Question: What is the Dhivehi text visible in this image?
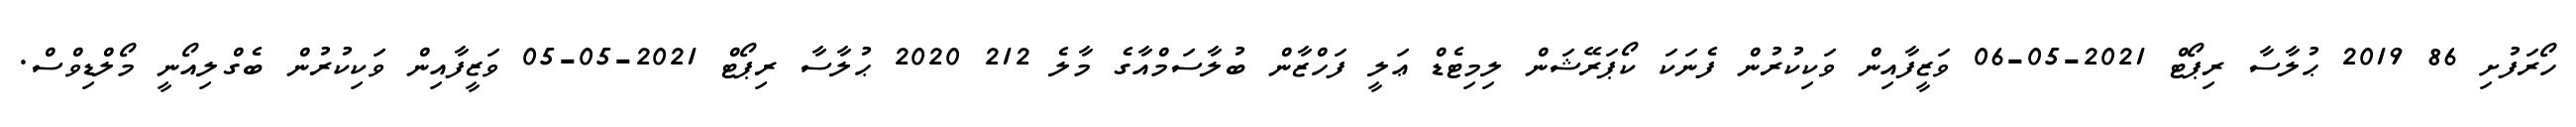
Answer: ހޯރަފުށި 86 2019 ޙުލާސާ ރިޕޯޓް 2021-05-06 ވަޒީފާއިން ވަކިކުރުން ފެނަކަ ކޯޕަރޭޝަން ލިމިޓެޑް ޢަލީ ފަހްޒާން ބުލާސަމްއާގެ މާލެ 212 2020 ޙުލާސާ ރިޕޯޓް 2021-05-05 ވަޒީފާއިން ވަކިކުރުން ބެގްލިއޯނީ މޯލްޑިވްސް.